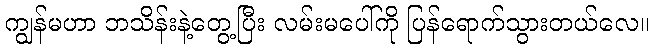
ကျွန်မဟာ ဘသိန်းနဲ့တွေ့ပြီး လမ်းမပေါ်ကို ပြန်ရောက်သွားတယ်လေ။